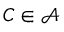
C \in { \mathcal { A } }